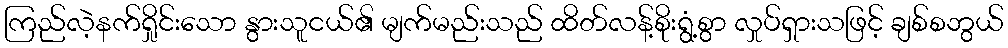
ကြည်လဲ့နက်ရှိုင်းသော နွားသူငယ်၏ မျက်မည်းသည် ထိတ်လန့်စိုးရွံ့စွာ လှုပ်ရှားသဖြင့် ချစ်စဘွယ်